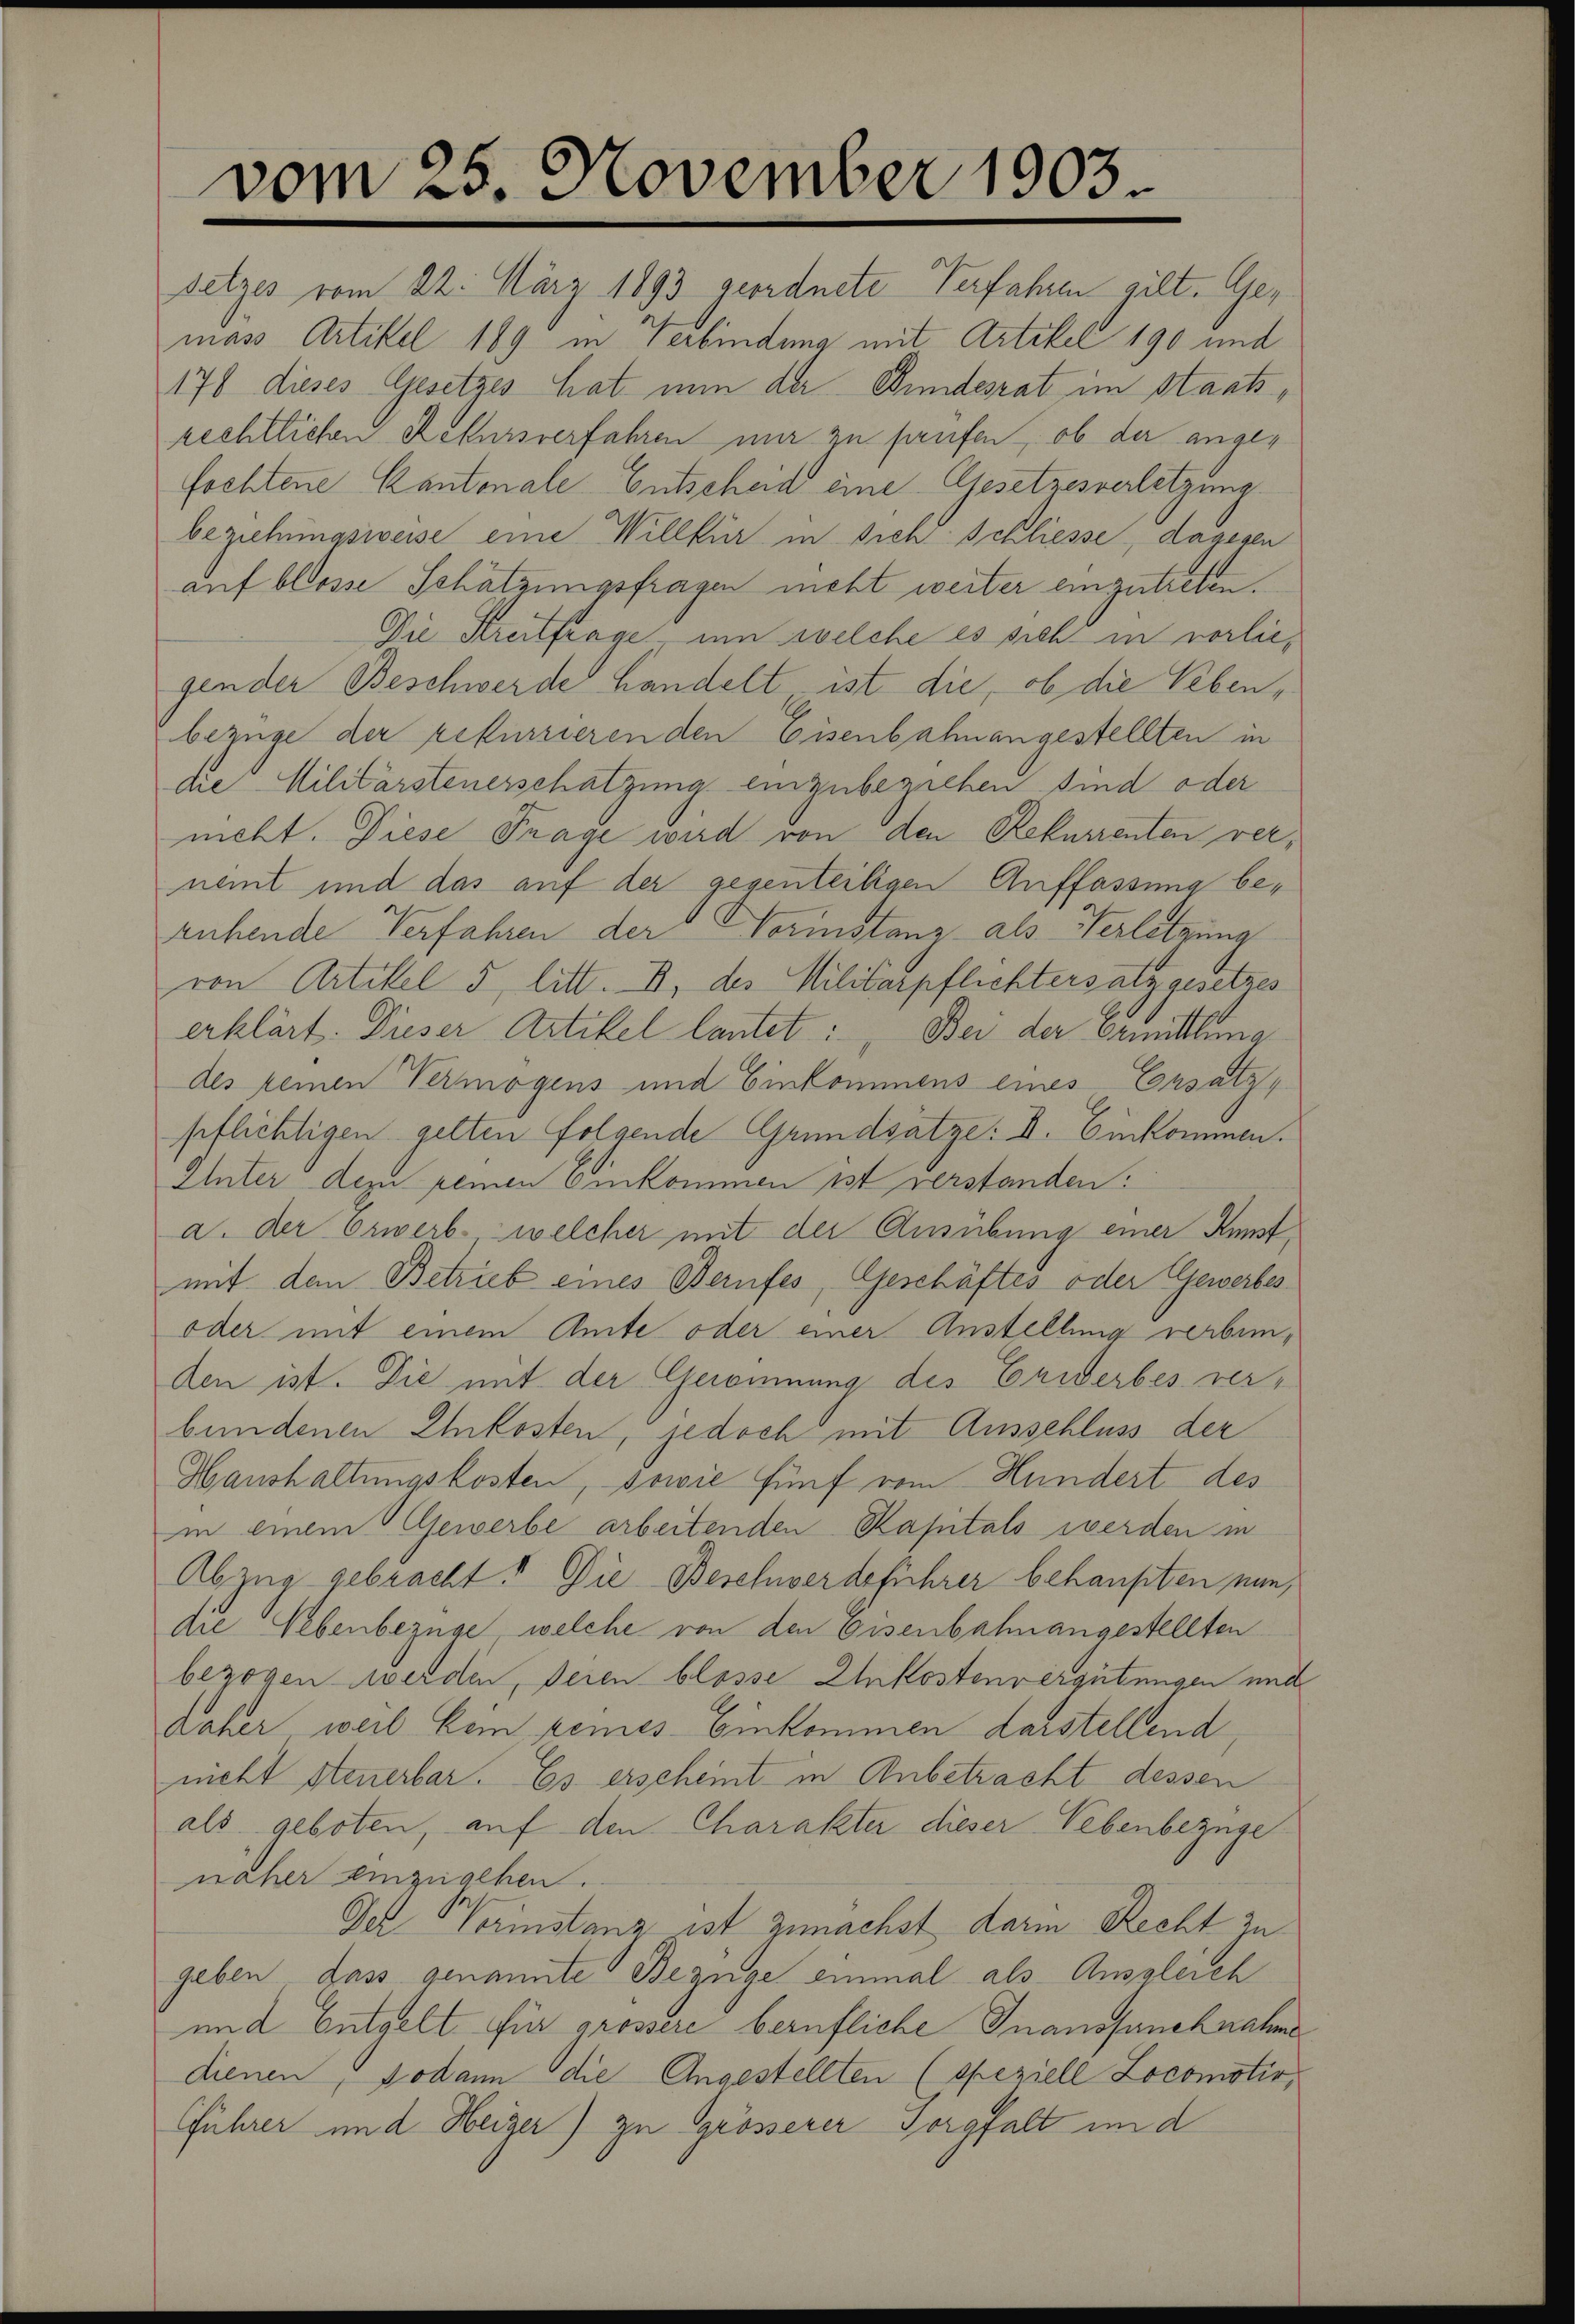
vom 25. November 1903

setzes vom 22. März 1893 geordnete Verfahren gilt. Gemass Artikel 189 in Verbindung mit Artikel 190 und
176 dieses Gesetzes hat nun der Bundesrat im Staatsrechtlichen Rekursverfahren mir zu haufen, ob der angefochtene Kantonale Entscheid eine Gesetzesverletzung.
beziehungsweise eine Willkür in sich Schliesse, dagegen
auf blosse Schätzungsfragen nicht weiter einzutreten.
Die Streitfrage, um welche es sich in vorliegender Beschwerde handelt ist die, ob die Lebenbezüge der rekurrieren den Eisenbahnangestellten in
die Militärsteuerschätzung einzubeziehen sind oder
nicht. Diese Frage wird von den Rekurrenten vernemt und das auf der gegenteiligen Auffassung beruhende Verfahren der Vorinstanz als Verletzung
von Artikel 5 litt. B. des Militärpflichtersatz gesetzes
erklärt. Dieser Artikel lautet: Bei der Ermittlung
des keinen Vermögens und Einkommens eines Ersatz,
pflichtigen gelten folgende Grundsätze: II. Einkommen.
Unter dezu peinen Einkommen ist verstanden:
a. der Erwerb welcher mit der Ausübung einer Kunstmit dem Betrieb eines Berufes, Geschäftes oder Gewerbes¬
oder mit einem Amte oder einer Anstellung verbinden ist. Die mit der Gerommung des Erwerbes verbundenen Ehrkosten, jedoch mit Ausschluss der
Hanshaltungskosten, sowie fünf vom Hundert des
in einem Gewerbe arbeitenden Kapitals werden in
Abzug gebracht! Die Beschwerdeführer behaupten, nun,
die Nebenbezüge, welche von den Eisenbahnangestellten
bezogen werden, seien blosse Ehekostenvergütungen und
daher weil kein gemes-Einkommen darstellend,
nicht steuerbar. Es erscheint in Anbetracht dessen
als geboten, auf den Charakter dieser Nebenbezüge
näher einzugehen.
Jel Werinstanz ist zunächst darin Recht zu
geben dass genannte Bezüge einmal als Ausgleich
und Entgelt für grössere berufliche Inanspancknahme
dienen, sodann die Angestellten (speziell Locomotiv,
führer und Heizer) zu grösserer Sorgfalt in d